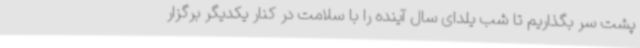
پشت سر بگذاریم تا شب یلدای سال آینده را با سلامت در کنار یکدیگر برگزار